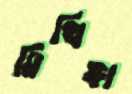
মিথিঙ্গা